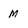
Character: M